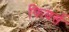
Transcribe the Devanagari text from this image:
फियर्स